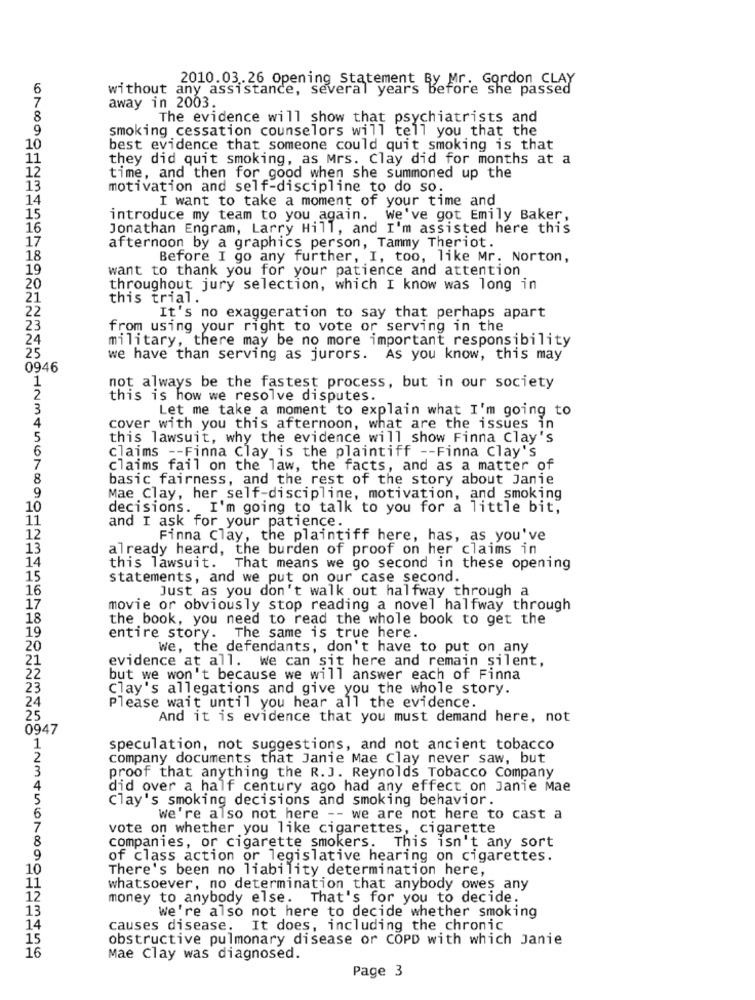
2010.03.26 Opening Statement By Mr. Gordon CLAY
6
without any assistance, several years before she passed
7
away in 2003.
8
The evidence will show that psychiatrists and
9
smoking cessation counselors will tell you that the
10
best evidence that someone could quit smoking is that
11
they did quit smoking, as Mrs. Clay did for months at a
12
time, and then for good when she summoned up the
13
motivation and self-discipline to do so.
14
I want to take a moment of your time and
15
introduce my team to you again. we've got Emily Baker,
16
Jonathan Engram, Larry Hill, and I'm assisted here this
17
afternoon by a graphics person, Tammy Theriot.
18
Before I go any further, I, too, like Mr. Norton,
19
want to thank you for your patience and attention
20
throughout jury selection, which I know was long in
this trial.
22
It's no exaggeration to say that perhaps apart
23
from using your right to vote or serving in the
24
military, there may be no more important responsibility
25
we have than serving as jurors. As you know, this may
0946
1
not always be the fastest process, but in our society
2
this is how we resolve disputes.
3
Let me take a moment to explain what I'm going to
4
cover with you this afternoon, what are the issues in
5
this lawsuit, why the evidence will show Finna Clay's
6
claims -- Finna Clay is the plaintiff -- Finna Clay's
7
claims fail on the law, the facts, and as a matter of
8
basic_fairness, and the rest of the story about Janie
9
Mae Clay, her self-discipline, motivation, and smoking
10
decisions. I'm going to talk to you for a little bit,
11
and I ask for your patience.
12
Finna Clay, the plaintiff here, has, as you've
13
already heard, the burden of proof on her claims in
14
this lawsuit. That means we go second in these opening
15
statements, and we put on our case second.
16
Just as you don't walk out halfway through a
17
movie or obviously stop reading a novel halfway through
18
the book, you need to read the whole book to get the
19
entire story.
The same is true here.
20
We, the defendants, don't have to put on any
21
evidence at all. We can sit here and remain silent,
22
but we won't because we will answer each of Finna
23
Clay's allegations and give you the whole story.
24
Please wait until you hear all the evidence.
25
And it is evidence that you must demand here, not
0947
1
speculation, not suggestions, and not ancient tobacco
2
company documents that Janie Mae Clay never saw, but
3
proof that anything the R. J. Reynolds Tobacco Company
4
did over a half century ago had any effect on Janie Mae
5
Clay's smoking decisions and smoking behavior.
6
We're also not here -- we are not here to cast a
7
vote on whether you like cigarettes, cigarette
8
companies, or cigarette smokers. This isn't any sort
9
of class action or legislative hearing on cigarettes.
10
There's been no liability determination here,
11
whatsoever, no determination that anybody owes any
12
money to anybody else.
That's for you to decide.
13
We're also not here to decide whether smoking
14
causes disease. It does, including the chronic
15
obstructive pulmonary disease or COPD with which Janie
16
Mae Clay was diagnosed.
Page 3